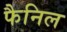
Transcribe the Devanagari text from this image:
फैनिल